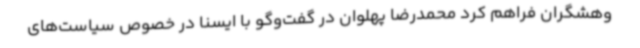
وهشگران فراهم کرد محمدرضا پهلوان در گفت‌وگو با ایسنا در خصوص سیاست‌های